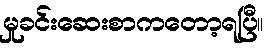
မှုခင်းဆေးစာကတော့ရပြီ။